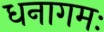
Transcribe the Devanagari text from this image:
धनागमः